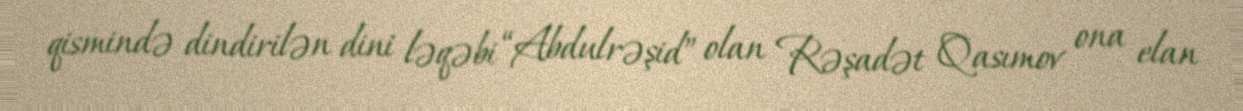
qismində dindirilən dini ləqəbi “Abdulrəşid” olan Rəşadət Qasımov ona elan